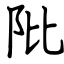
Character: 阰